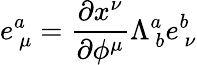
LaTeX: e_{~\mu}^{a}={\frac{\partial x^{\nu}}{\partial\phi^{\mu}}}\Lambda_{~b}^{a}e_{~\nu}^{b}